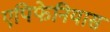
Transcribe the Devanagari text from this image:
एपिफेनियास